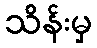
သိန်းမှ